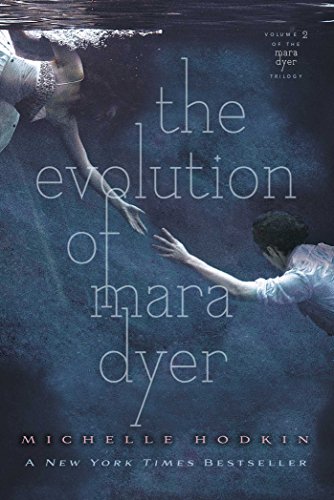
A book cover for The Evolution of Mara Dyer (The Mara Dyer Trilogy); Michelle Hodkin; Teen & Young Adult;